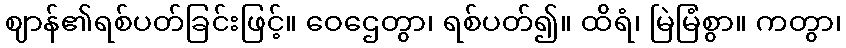
ဈာန်၏ရစ်ပတ်ခြင်းဖြင့်။ ဝေဌေတွာ၊ ရစ်ပတ်၍။ ထိရံ၊ မြဲမြံစွာ။ ကတွာ၊